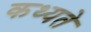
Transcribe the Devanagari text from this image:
कथ्यते